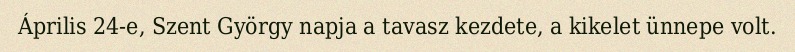
Április 24-e, Szent György napja a tavasz kezdete, a kikelet ünnepe volt.